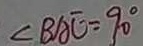
\angle B A E = 9 0 ^ { \circ }